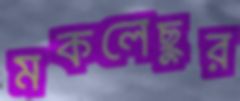
মকলেছুর